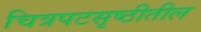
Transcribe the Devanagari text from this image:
चित्रपटसृष्ठीतील